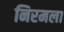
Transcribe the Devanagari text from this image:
निरमला